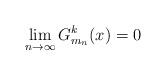
LaTeX: \begin{align*} \lim_{n \to \infty}G^k_{m_n}(x) = 0 \end{align*}